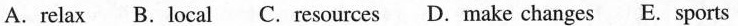
A.relax B.Local C.Resources D.Make changes E. Sports